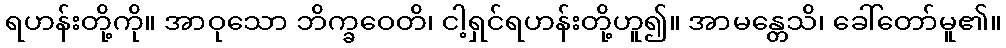
ရဟန်းတို့ကို။ အာဝုသော ဘိက္ခဝေတိ၊ ငါ့ရှင်ရဟန်းတို့ဟူ၍။ အာမန္တေသိ၊ ခေါ်တော်မူ၏။